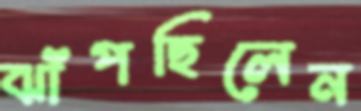
ঝাঁপছিলেন